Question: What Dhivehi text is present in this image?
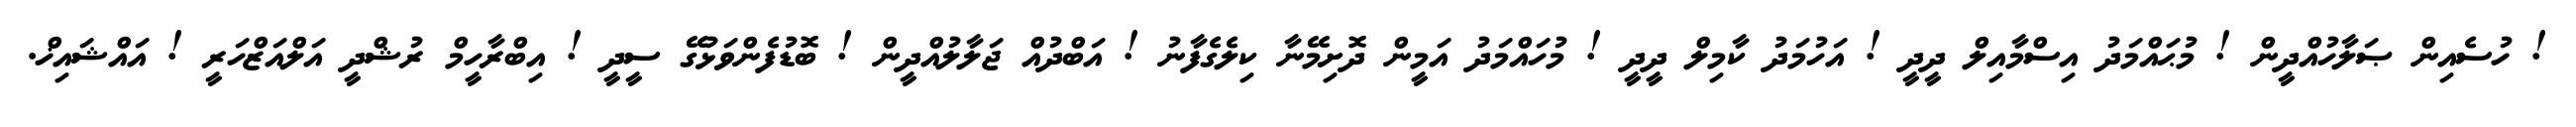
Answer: ! ހުސެއިން ޞަލާހުއްދީން ! މުޙައްމަދު އިސްމާއިލް ދީދީ ! އަހުމަދު ކާމިލް ދީދީ ! މުހައްމަދު އަމީން ދޮށިމޭނާ ކިލެގެފާނު ! އަބްދުއް ޖަލާލުއްދީން ! ބޮޑުފެންވަޅުގޭ ސީދީ ! އިބްރާހީމް ރުޝްދީ އަލްއަޒްހަރީ ! އައްޝައިޚް.